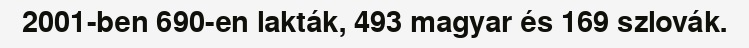
2001-ben 690-en lakták, 493 magyar és 169 szlovák.